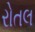
રોતલ